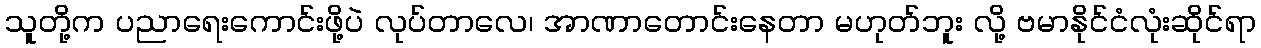
သူတို့က ပညာရေးကောင်းဖို့ပဲ လုပ်တာလေ၊ အာဏာတောင်းနေတာ မဟုတ်ဘူး လို့ ဗမာနိုင်ငံလုံးဆိုင်ရာ